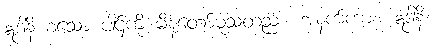
ဣဒါနိ စသော ပါဌ်ကို မိန့်တော်မူသတည်း။ အနက်ကား။ ဣဒါနိ၊